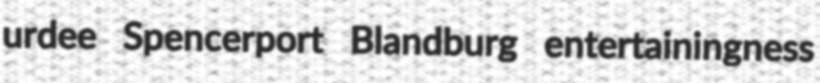
urdee Spencerport Blandburg entertainingness